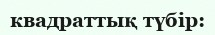
квадраттық түбір: